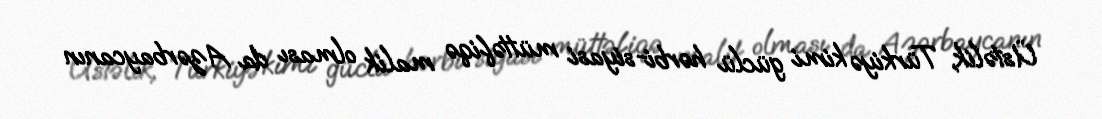
Üstəlik, Türkiyə kimi güclü hərbi-siyasi müttəfiqə malik olması da Azərbaycanın